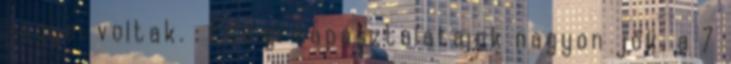
jegyei voltak. : Eddigi tapasztalataink nagyon jók, a 7